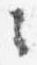
々